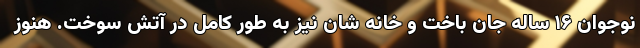
نوجوان ۱۶ ساله جان باخت و خانه شان نیز به طور کامل در آتش سوخت. هنوز